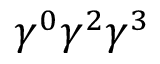
\gamma ^ { 0 } \gamma ^ { 2 } \gamma ^ { 3 }